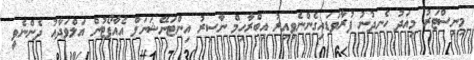
މިނިސްޓަރު މިއަދު ހެނދުނު ފުރާވަޑައިގެންނެވިއިރު އިބްރާހިމް ނާސިރު އިންޓަނޭޝަނަލް އެއާޕޯޓުން އަލްވަދާއު ދެންނެވީ